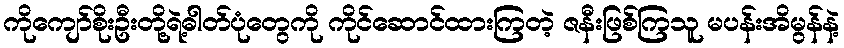
ကိုကျော်စိုးဦးတို့ရဲ့ဓါတ်ပုံတွေကို ကိုင်ဆောင်ထားကြတဲ့ ဇနီးဖြစ်ကြသူ မပန်းအိမွန်နဲ့